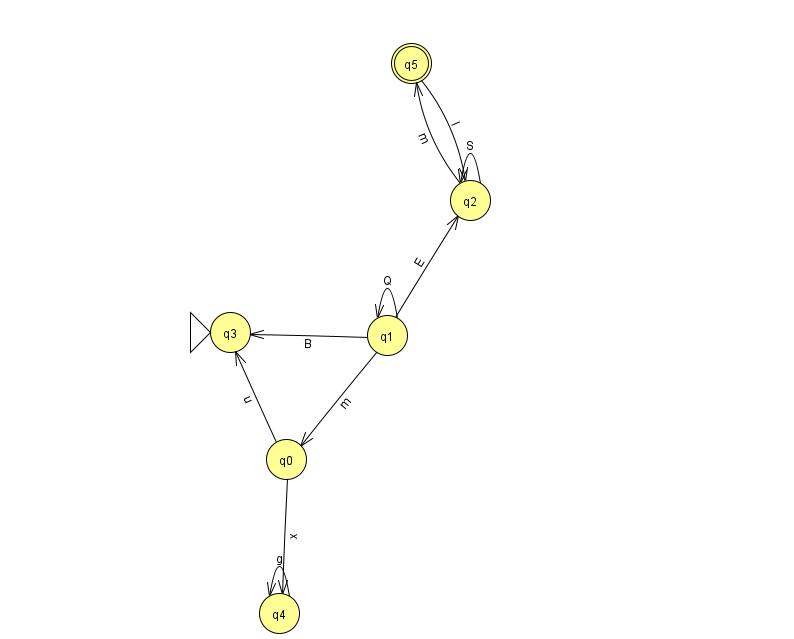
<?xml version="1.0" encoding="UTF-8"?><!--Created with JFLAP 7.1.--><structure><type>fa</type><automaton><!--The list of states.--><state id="0" name="q0"><x>286.0</x><y>446.0</y></state><state id="1" name="q1"><x>387.0</x><y>322.0</y></state><state id="2" name="q2"><x>470.0</x><y>187.0</y></state><state id="3" name="q3"><x>230.0</x><y>319.0</y><initial/></state><state id="4" name="q4"><x>279.0</x><y>600.0</y></state><state id="5" name="q5"><x>411.0</x><y>50.0</y><final/></state><!--The list of transitions.--><transition><from>1</from><to>1</to><read>Q</read></transition><transition><from>1</from><to>3</to><read>B</read></transition><transition><from>2</from><to>5</to><read>m</read></transition><transition><from>2</from><to>2</to><read>S</read></transition><transition><from>0</from><to>3</to><read>u</read></transition><transition><from>5</from><to>2</to><read>I</read></transition><transition><from>4</from><to>4</to><read>g</read></transition><transition><from>1</from><to>2</to><read>E</read></transition><transition><from>0</from><to>4</to><read>x</read></transition><transition><from>1</from><to>0</to><read>m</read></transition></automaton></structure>